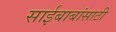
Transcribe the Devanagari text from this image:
साईबाबांसाठी